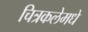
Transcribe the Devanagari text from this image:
चित्रकलेमधे